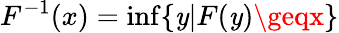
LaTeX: F^{-1}(x)=\operatorname*{inf}\{ \mathit{y}|F(\mathit{y})\geqx\}